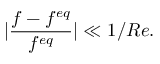
| \frac { f - f ^ { e q } } { f ^ { e q } } | \ll 1 / R e .